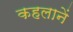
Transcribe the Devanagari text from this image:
कहलानें